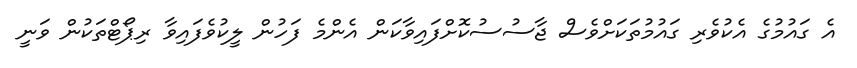
އެ ގައުމުގެ އެކުވެރި ގައުމުތަކަށްވެސް ޖާސުސުކޮށްފައިވާކަން އެންމެ ފަހުން ލީކުވެފައިވާ ރިޕޯޓްތަކުން ވަނީ